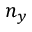
n _ { y }